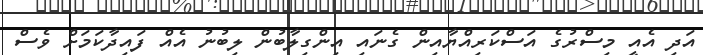
އަދި އެއީ މިސްރުގެ އަސްކަރިއްޔާއިން ގެނައި އިންގިލާބުން ލިބުނު އެއް ފައިދާކަމަށް ވެސް